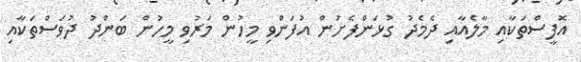
އޮފީސްތަކާއި މާލެއާއި ދެމެދު ގުޅަންފެށުން އުފަންވި މީހުން މަރުވި މީހުން ބަންދު ދުވަސްތަކާއި